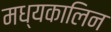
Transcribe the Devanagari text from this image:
मध्यकालिन